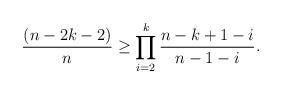
LaTeX: \begin{align*}\frac{(n-2k-2)}{n}\ge \prod_{i=2}^{k}\frac{n-k+1-i}{n-1-i}.\end{align*}